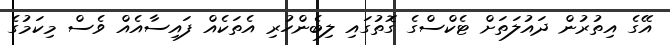
އޭގެ އިތުރުން ދައުލަތަށް ޓެކްސްގެ ގޮތުގައި ލިބެންހުރި އެތަކެއް ފައިސާއެއް ވެސް މިކަމުގެ